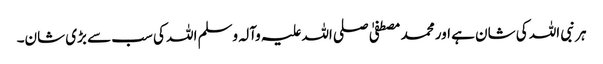
ہر نبی اللہ کی شان ہے اور محمد مصطفیٰ صلی اللہ علیہ وآلہ وسلم اللہ کی سب سے بڑی شان۔